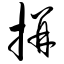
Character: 拼